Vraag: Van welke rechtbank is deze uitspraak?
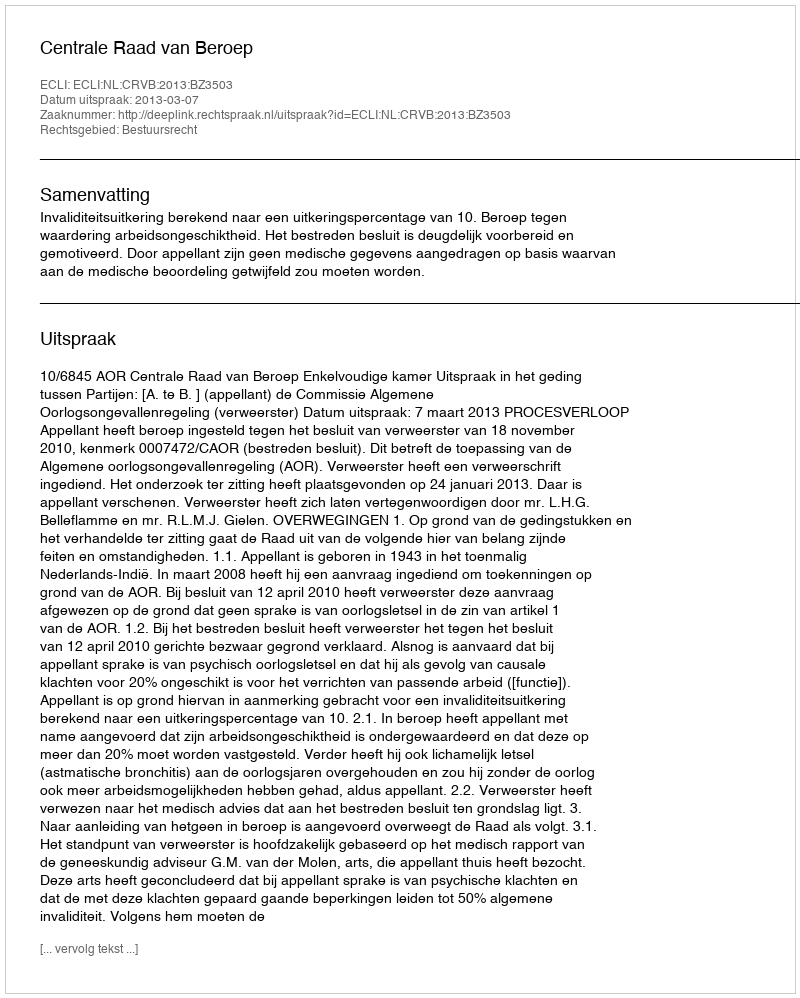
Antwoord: Centrale Raad van Beroep